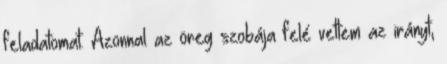
feladatomat. Azonnal az öreg szobája felé vettem az irányt,